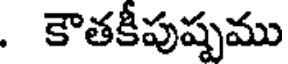
. కౌతకీపుష్పము